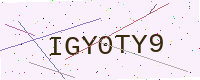
Text: IGY0TY9